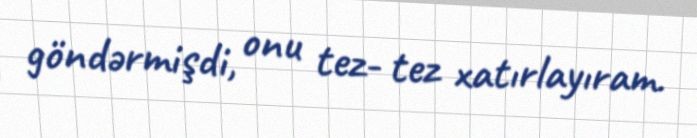
göndərmişdi, onu tez- tez xatırlayıram.